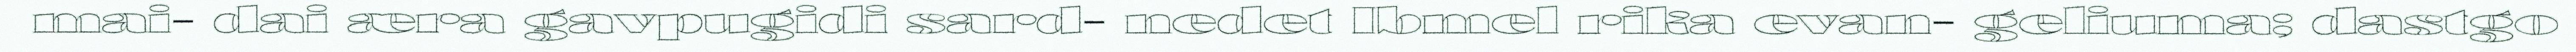
mai- dai æra gavpugidi sard- nedet Ibmel rika evan- geliuma; dastgo